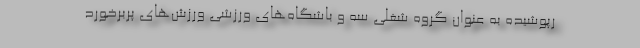
رپوشیده به عنوان گروه شغلی سه و باشگاه‌های ورزشی ورزش‌های پربرخورد